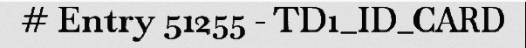
# Entry 51255 - TD1_ID_CARD